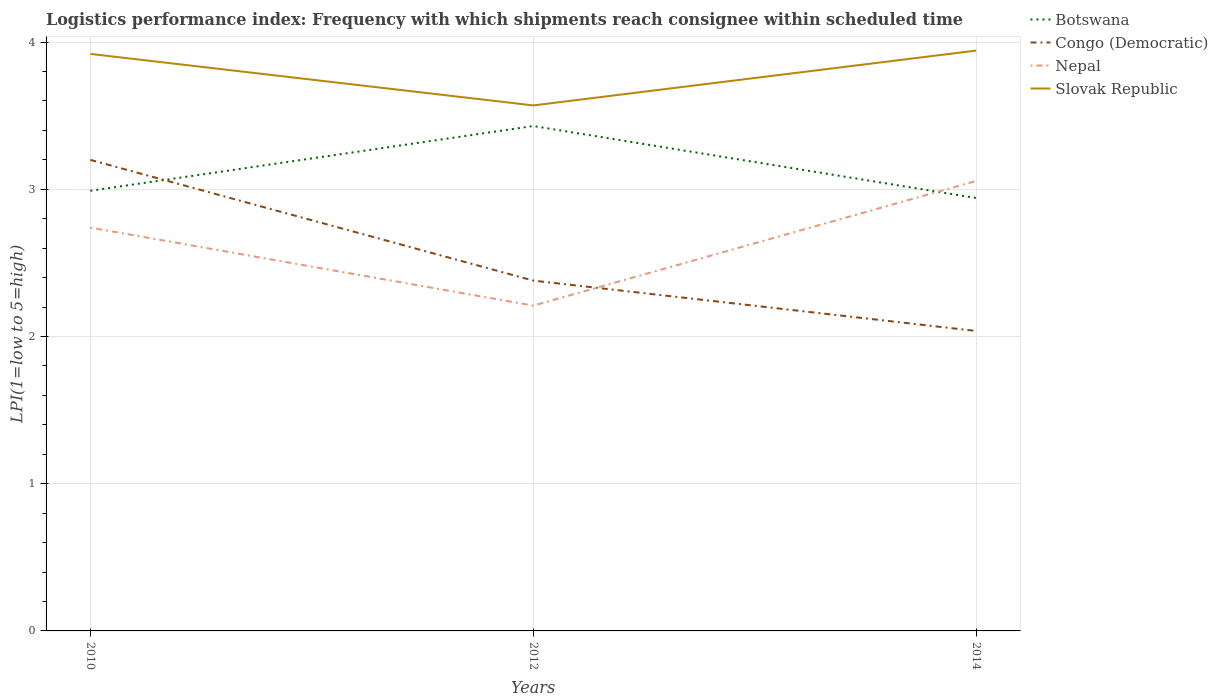
| Years | Botswana | Congo (Democratic) | Nepal | Slovak Republic |
 | --- | --- | --- | --- | --- |
 | 2010 | 2.99 | 3.2 | 2.74 | 3.92 |
 | 2012 | 3.43 | 2.38 | 2.21 | 3.57 |
 | 2014 | 2.94 | 2.04 | 3.06 | 3.94 |